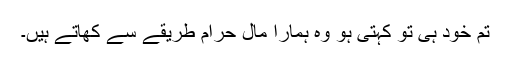
تم خود ہی تو کہتی ہو وہ ہمارا مال حرام طریقے سے کھاتے ہیں۔